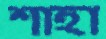
শাহা